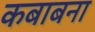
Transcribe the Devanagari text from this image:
कबाबना